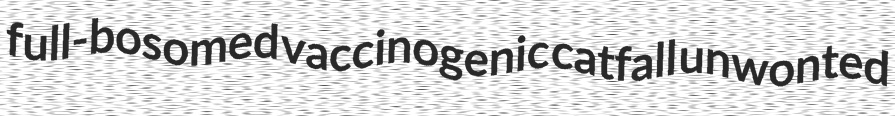
full-bosomed vaccinogenic catfall unwonted